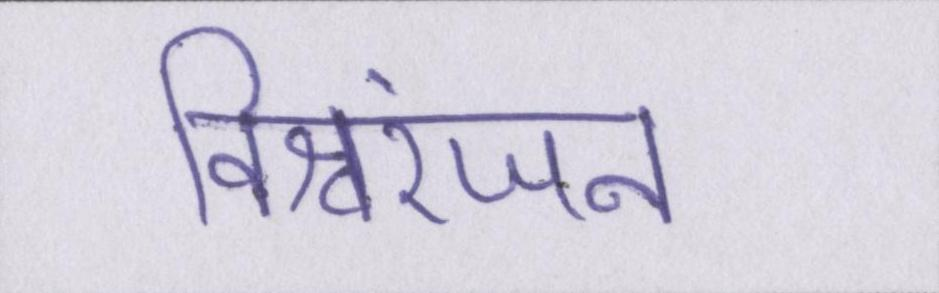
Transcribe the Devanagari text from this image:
विश्वरंजन